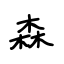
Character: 森